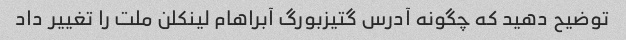
توضیح دهید که چگونه آدرس گتیزبورگ آبراهام لینکلن ملت را تغییر داد